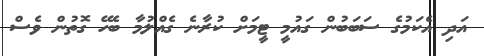
އަދި އެކަމުގެ ސަބަބުން ގައުމީ ޓީމަށް ކުރާނެ ގެއްލުމާ ބެހޭ ގޮތުން ވެސް